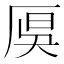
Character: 𠩩